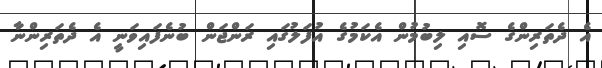
އެ ދެތަރިންގެ ސޮއި ލިބުމުން އެކަމުގެ އުފަލުގައި ރަންޖަން ބުނެފައިވަނީ އެ ދެތަރިންނާ